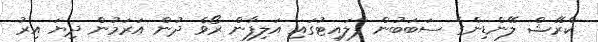
ކްރޭޝް ލޭންޑިންގެ ސަބަބުން ފްލައިޓުގައި އަލިފާން ރޯވެ ދުން އަރަމުން ދިޔަ އިރު